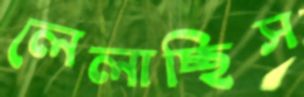
লেলাচ্ছিস